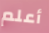
أعلم